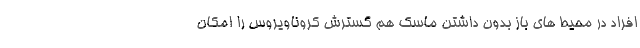
افراد در محیط های باز بدون داشتن ماسک هم گسترش کروناویروس را امکان